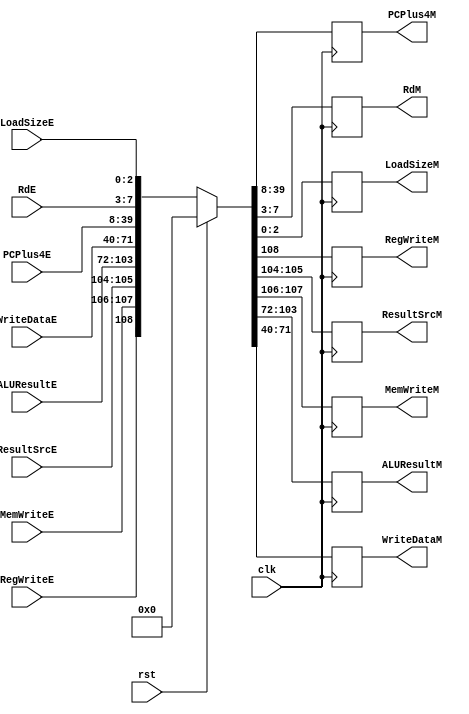
module ie_dm_reg(
	input            clk,rst,
	//Control signals
	input            RegWriteE, 
	input  [1:0]     ResultSrcE,MemWriteE,
	input  [31:0]    ALUResultE, WriteDataE,PCPlus4E,
	input  [11:7] 	 RdE,
	input  [2:0] 	 LoadSizeE,
	output reg		 RegWriteM, 
	output reg[1:0]  ResultSrcM,MemWriteM,
	output reg [31:0]ALUResultM, WriteDataM ,PCPlus4M,
	output reg [11:7]RdM,
	output reg [2:0] LoadSizeM
	
);
	always@(posedge clk) begin
		if(rst) 
			{RegWriteM, MemWriteM, ResultSrcM, ALUResultM, WriteDataM, PCPlus4M, RdM, LoadSizeM} <= 0;
		
		else 
			{RegWriteM, MemWriteM, ResultSrcM, 
			 ALUResultM, WriteDataM, PCPlus4M, RdM, LoadSizeM} <= {RegWriteE, MemWriteE, ResultSrcE, 
													    ALUResultE, WriteDataE, PCPlus4E, RdE, LoadSizeE};
		
	end
endmodule